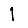
Digit: 1